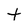
Character: t